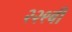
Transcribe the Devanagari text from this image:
२२९बी